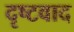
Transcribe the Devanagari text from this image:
दृष्टवाद